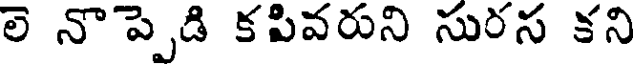
లె నొప్పెడి కపివరుని సురస కని